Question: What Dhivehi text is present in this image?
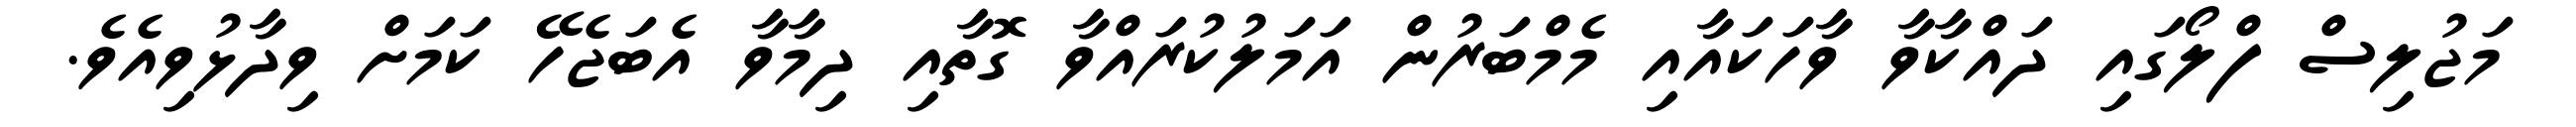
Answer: މަޖުލިސް ފްލޯގައި ދައްކާވާ ވާހަކައާއި މެމްބަރުން އަމަލުކުރައްވާ ގޮތާއި ދިމާވާ އެބަޖެހޭ ކަމަށް ވިދާޅުވިއެވެ.